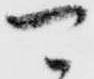
可